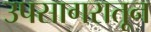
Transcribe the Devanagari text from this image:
उपसागरातून